Bombay plague: being a history of the progress of plague in the Bombay presidency from September 1896 to June 1899
Year: 1896
Disease focus: Plague
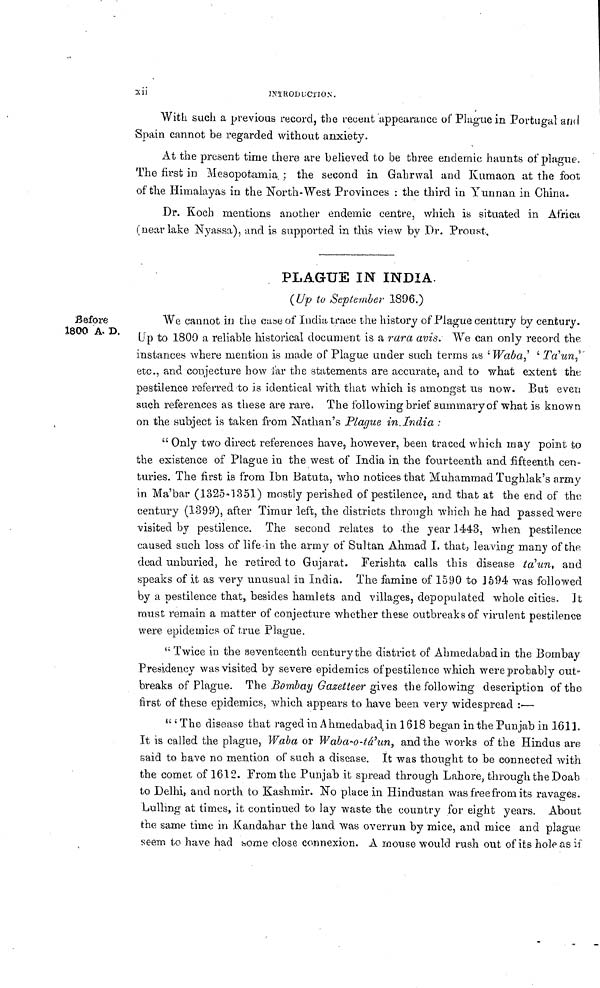
Xii
INTRODUCTION.
With such a previous record, the recent appearance of Plague in Portugal and
Spain cannot be regarded without anxiety.
At the present time there are believed to be three endemic haunts of plague.
The first in Mesopotamia, ; the second in Gahrwal and Kumaon at the foot
of the Himalayas in the North-West Provinces : the third in Yunnan in China.
Dr. Koch mentions another endemic centre, which is situated in Africa
(near lake Nyassa), and is supported in this view by Dr. Proust,
Before
1800 A- D.
PLAGUE IN INDIA.
(Up to September 1896.)
We cannot in the case of ludia trace the history of Plague century by century.
Up to 1800 a reliable historical document is a rara avis. We can only record the
instances where mention is made of Plague under such terms as 'Waba,' ' Ta' un,'
etc., and conjecture bow far the statements are accurate, and to what extent the
pestilence referred to is identical with that which is amongst us now. But even
such references as these are rare. The folio wing brief summary of what is known
on the subject is taken from Nathan's Plague in, India :
" Only two direct references have, however, been traced which may point to
the existence of Plague in the west of India in the fourteenth and fifteenth cen-
turies. The first is from Ibn Batuta, who notices that Muhammad Tughlak's army
in Ma'bar (1325-1351) mostly perished of pestilence, and that at the end of the
century (1399), after Timur left, the districts through which he had passed were
visited by pestilence. The second relates to the year .1443, when pestilence
caused such loss of life in the army of Sultan Ahmad I. that, leaving many of the
dead unburied, he retired to Gujarat. Ferishta calls this disease ta'un, and
speaks of it as very unusual in India. The famine of 1590 to 1594 was followed
by a pestilence that, besides hamlets and villages, depopulated whole cities. It
must remain a matter of conjecture whether these outbreaks of virulent pestilence
were epidemics of true Plague.
" Twice in the seventeenth century the district of Almiedabad in the Bombay
Presidency was visited by severe epidemics of pestilence which were probably out-
breaks of Plague. The Bombay Gazetteer gives the following description of the
first of these epidemics, which appears to have been very widespread :·—
"' The disease that raged in Ahmedabad in 1618 began in the Punjab in 1611.
It is called the plague, Waba or Waba-o-ta'un, and the works of the Hindus are
said to have no mention of such a disease. It was thought to be connected with
the comet of 1612. From the Punjab it spread through Lahore, through the Doab
to Delhi, and north to Kashmir. No place in Hindustan was free fro m its ravages.
Lulling at times, it continued to lay waste the country for eight years. About
the same time in Kandahar the land was overrun by mice, and mice and plague
seem to have had some close connexion, A Mouse would rush out of its hole as if